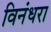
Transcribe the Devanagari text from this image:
विनंधरा